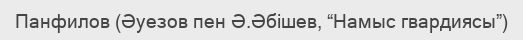
Панфилов (Әуезов пен Ә.Әбішев, “Намыс гвардиясы”)